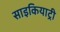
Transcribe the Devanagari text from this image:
साइकियाट्री